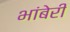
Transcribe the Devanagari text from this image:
भांबेरी